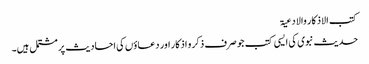
کتب الاذکار والادعیۃ
حدیث نبوی کی ایسی کتب جو صرف ذکر و اذکار اور دعاؤں کی احادیث پر مشتمل ہیں۔